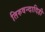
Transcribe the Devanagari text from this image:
तिरुवन्दादिही